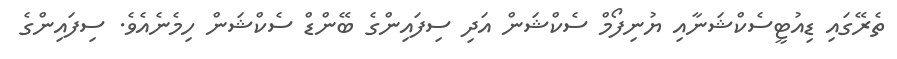
ތެރޭގައި ޑިއުޓީސެކްޝަނާއި ޔުނިފޯމް ސެކްޝަން އަދި ސިފައިންގެ ބޭންޑް ސެކްޝަން ހިމެނެއެވެ. ސިފައިންގެ